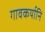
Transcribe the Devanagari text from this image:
गावकर्यानि